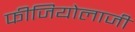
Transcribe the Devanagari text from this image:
फीजियोलाजी